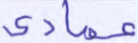
عمادي